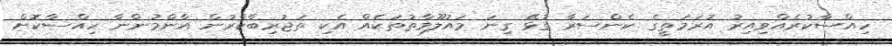
ހިއްސާކުރެއްވިއިރު އުރަމަތީގެ ކެންސަރާ ގުޅޭ ގިނަ މައުލޫމާތުތަކެއް އެކި ތަޖުރިބާކާރުން އާންމުންނާ ހިއްސާކޮށް